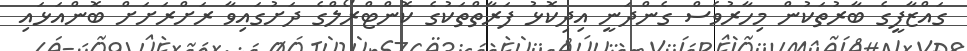
ގައްޒާފީގެ ބާރުތަކުން މިހާރުވެސް ގެންދަނީ އިދިކޮޅު ފަރާތްތަކުގެ ކޮންޓްރޯލްގެ ދަށުގައިވާ ރަށްރަށަށް ބޮންއަޅައި